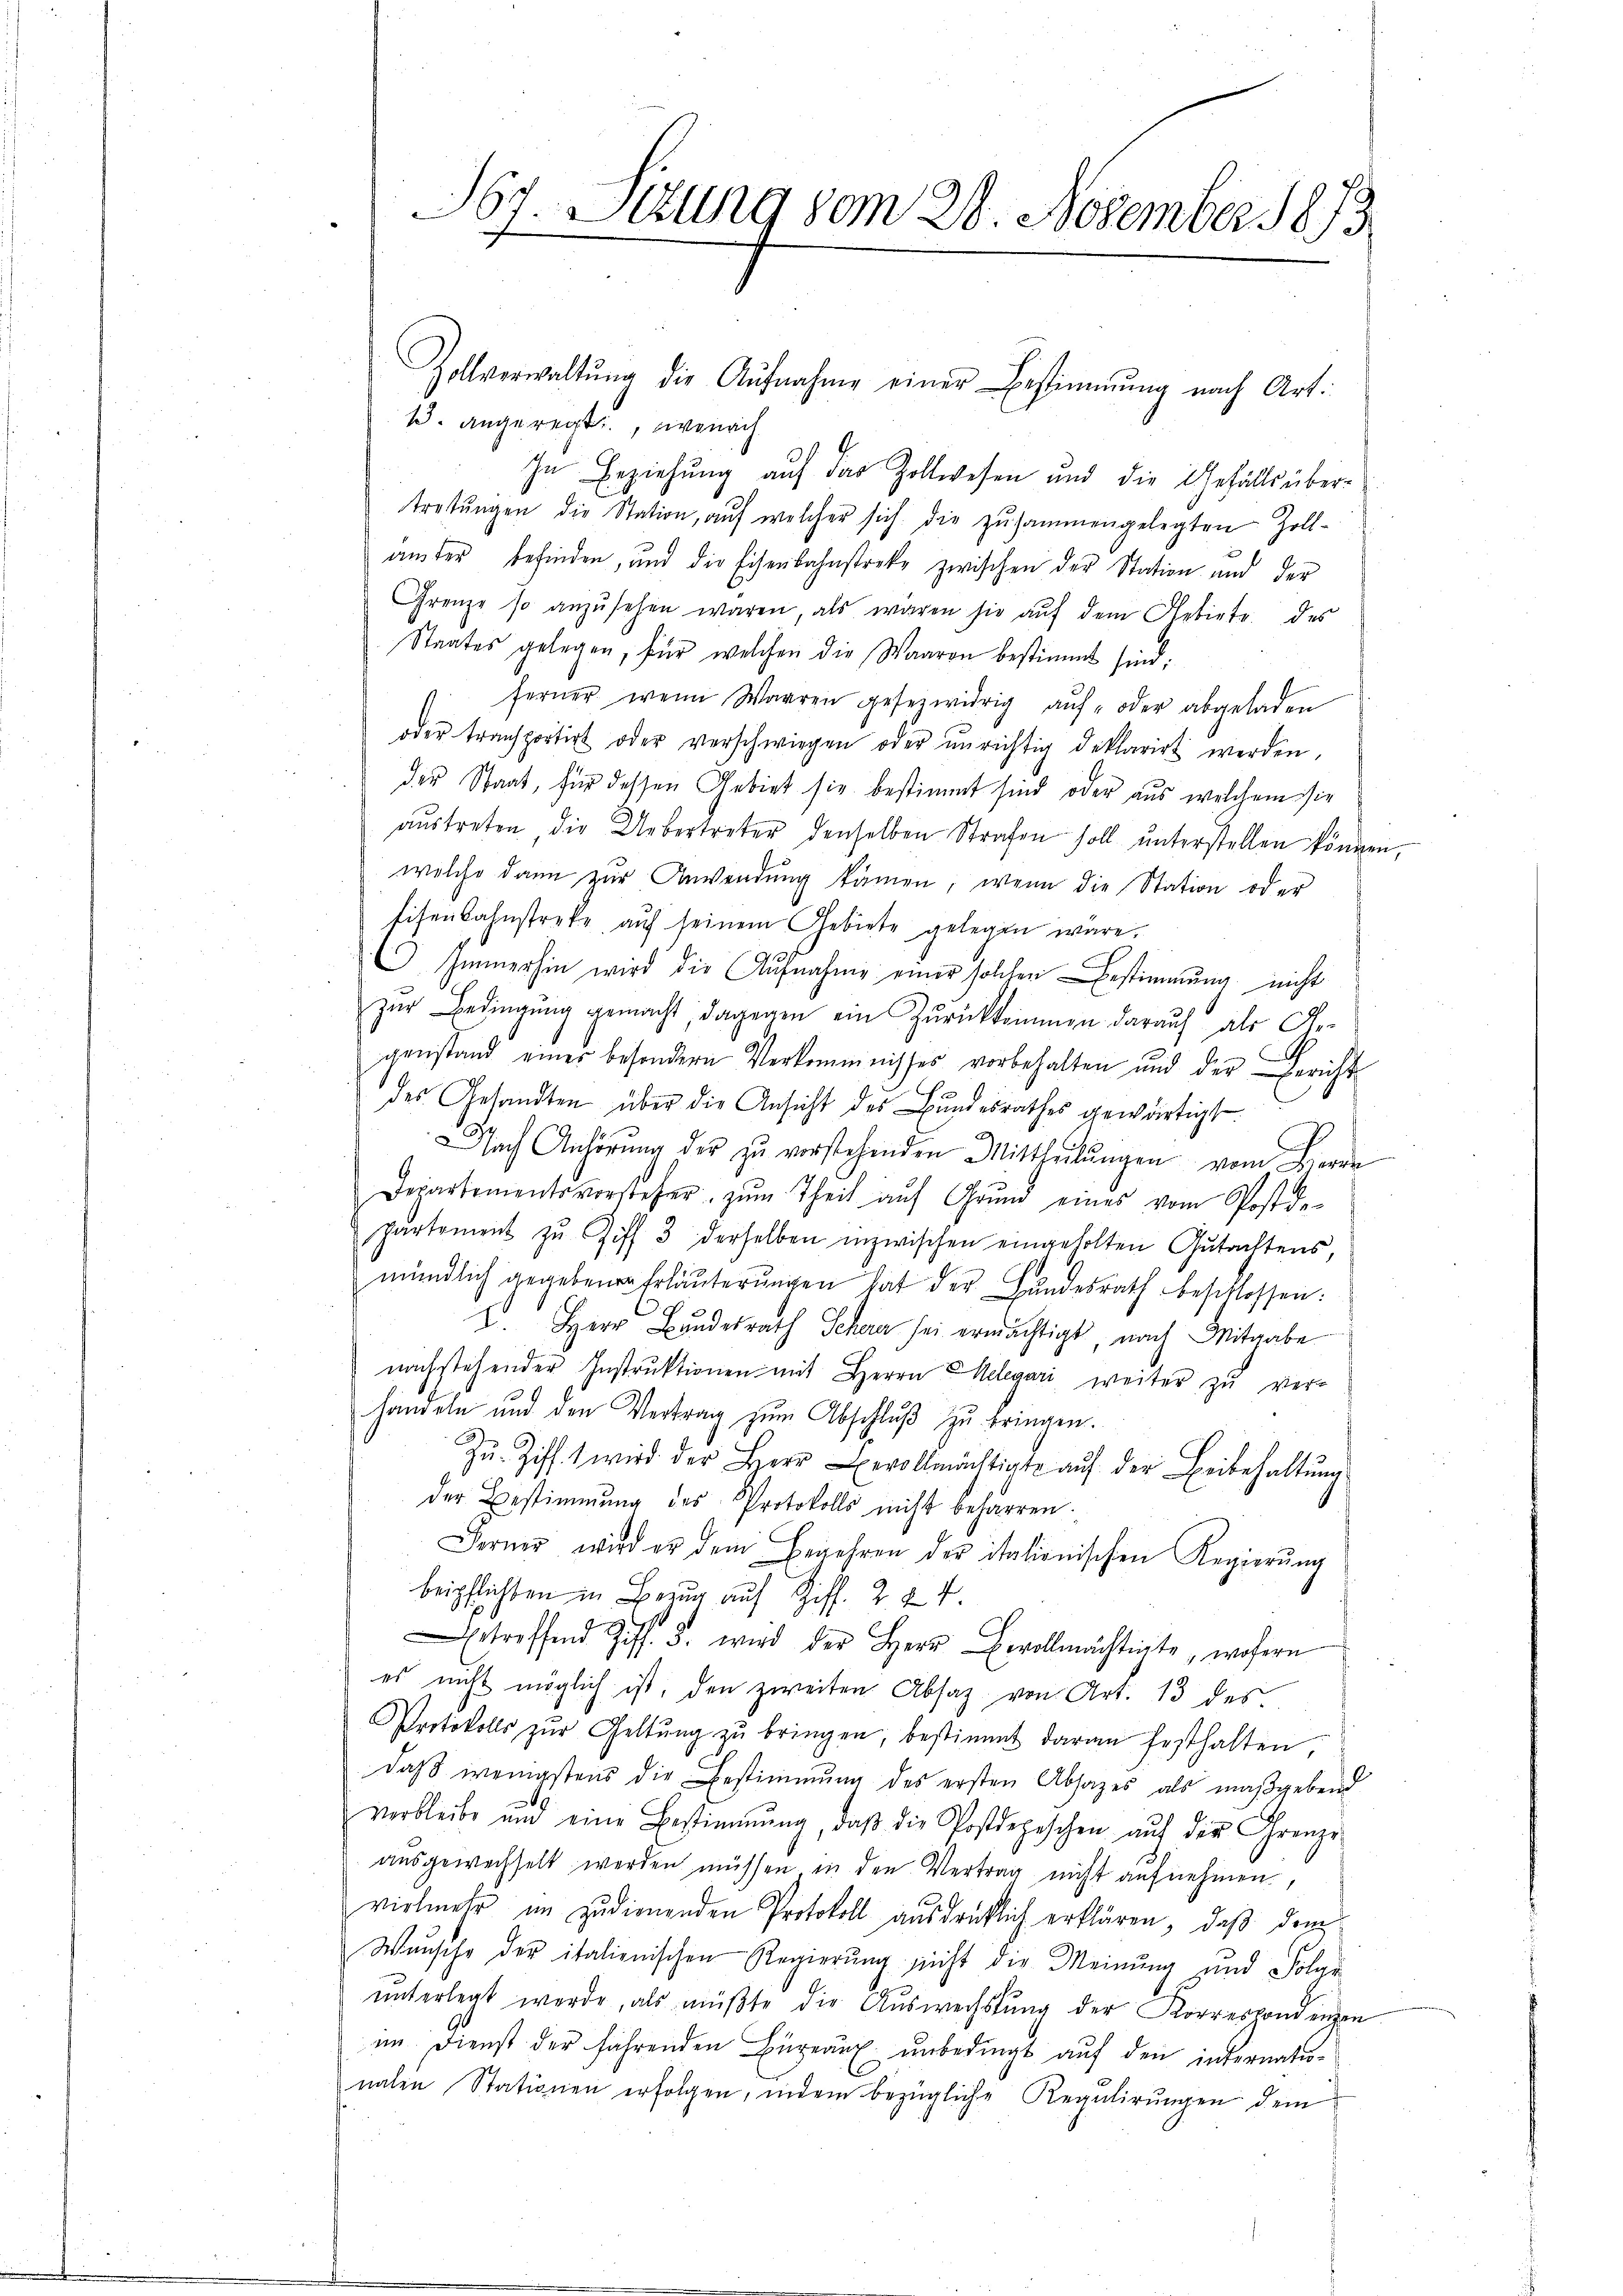
Zollverwaltŭng die Aŭfnahme einer Bestimmung nach Art.
1. angeregt, wonach
In Beziehung auf das Zollwesen und die Gefälls über-
tretŭngen die Station, aŭf welcher sich die zŭsammengelegten Zoll-
ander befinden, und die Eisenbahnstreke zwischen der Station und der
Grenze so anzŭsehen waren, als waren sie aŭf dem Gebiete des
Staates gelegen, für welchen die Waaren bestimmt sind.
1. ferner wenn Warren gesezwidrig aŭf- oder abgeladen
oder transportirt oder verschwiegen oder ŭnrichtig deklarirt werden,
der Staat, für dessen Gebiet sie bestimmt sind oder aus welchem sie
aŭstreten die Uebertreter denselben Strafen soll ŭnterstellen können.
welche dann zur Anwendung kämen, wenn die Station oder
Eisenbahnstreke auf seinem Gebiete gelegen wäre.
Immerhin wird die Aufnahme einer solchen Bestimmung nicht
zŭr Bedingŭng gemacht, dagegen ein Zŭrückkommen darauf als Ge-
genstand einer besondern Verkommnisses vorbehalten und der Bericht
des Gesandten über die Ansicht des Bundesrathes gewärtigt.
Nach Anhörung der zu vorstehenden Mittheilungen vom Herre
Departementsvorsteher zŭm Theil aŭf Grŭnd eines vom Postde-
Partement zu Ziff. 3 derselben inzwischen eingeholten Gutachtens,
mündlich gegeben Erläuterungen hat der Hundesrath beschlossen:
2. Herr Bundesrath Schen sei ermächtigt, nach Mitgabe
nachstehender Instruktionen mit Herrn Relegari weiter zu ver-
handeln und den Vertrag zum Abschluß zu bringen.
Zŭ. Ziff. 1 wird der Herr Bevollmächtigt aŭf der Beibehaltŭng
der Bestimmung des Protokolls nicht beharren.
Ferner wird er dem Begehren der italionischen Regierŭng
beipflichten in Bezug auf Ziff. Z. 84.
etreffend Ziff. 3. wird der Herr Bevollmächtigte, wofern
es nicht möglich ist, den zweiten Absatz von Art. 13 des
Protokolls zŭr Geltŭng zŭ bringen, bestimmt daran festhalten,
daß wenigstens die Bestimmung des ersten Absages als maßgebend
verbleibe und eine Bestimmung, daβ die Postdepeschen aŭf der Grenze
ausgewechselt werden müssen in den Vertrag nicht aufnehmen,
vielmehr im zudienenden Protokoll ausdrücklich erklären, daß dem
Wünsche der italienischen Regierung nicht die Meinung und Folge
unterlegt werde, als müßte die Auswechslung der Korrespondenzen
im Dienst der fahrenden Büreau unbedingt auf den internationalen Stationen erfolgen, indem bezügliche Regulirungen dem

Ist. Ettung vom 28. November 1873
nich